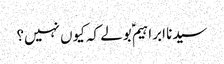
سیدنا ابراہیمؑ بولے کہ کیوں نہیں؟